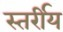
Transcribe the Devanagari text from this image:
स्तर्रीय